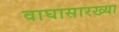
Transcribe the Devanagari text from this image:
वाघासारख्या